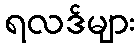
ရလဒ်များ